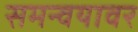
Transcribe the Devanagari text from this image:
समन्वयावर